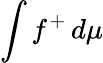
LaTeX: \int f^{+}\, d\mu